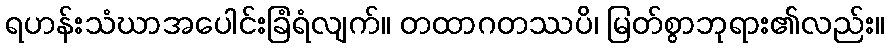
ရဟန်းသံဃာအပေါင်းခြံရံလျက်။ တထာဂတဿပိ၊ မြတ်စွာဘုရား၏လည်း။